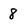
Character: 8